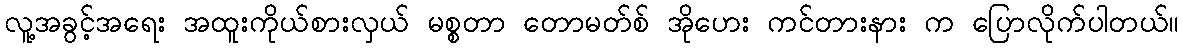
လူ့အခွင့်အရေး အထူးကိုယ်စားလှယ် မစ္စတာ တောမတ်စ် အိုဟေး ကင်တားနား က ပြောလိုက်ပါတယ်။